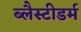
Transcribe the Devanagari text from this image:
ब्लैस्टीडर्म